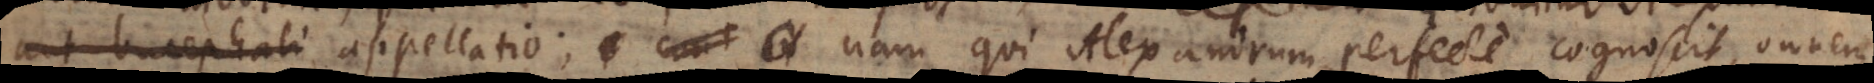
tur Alexandri appellatio, nam qui Alexandrum perfecte cognoscit, omnem